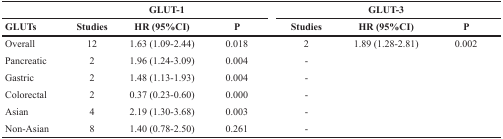
<table><thead><tr><td colspan="4"><b>GLUT-1</b></td><td colspan="3"><b>GLUT-3</b></td></tr><tr><td><b>GLUTs</b></td><td><b>Studies</b></td><td><b>HR (95%CI)</b></td><td><b>P</b></td><td><b>Studies</b></td><td><b>HR (95%CI)</b></td><td><b>P</b></td></tr></thead><tbody><tr><td>Overall</td><td>12</td><td>1.63 (1.09-2.44)</td><td>0.018</td><td>2</td><td>1.89 (1.28-2.81)</td><td>0.002</td></tr><tr><td>Pancreatic</td><td>2</td><td>1.96 (1.24-3.09)</td><td>0.004</td><td>-</td><td></td><td></td></tr><tr><td>Gastric</td><td>2</td><td>1.48 (1.13-1.93)</td><td>0.004</td><td>-</td><td></td><td></td></tr><tr><td>Colorectal</td><td>2</td><td>0.37 (0.23-0.60)</td><td>0.000</td><td>-</td><td></td><td></td></tr><tr><td>Asian</td><td>4</td><td>2.19 (1.30-3.68)</td><td>0.003</td><td>-</td><td></td><td></td></tr><tr><td>Non-Asian</td><td>8</td><td>1.40 (0.78-2.50)</td><td>0.261</td><td>-</td><td></td><td></td></tr></tbody></table>